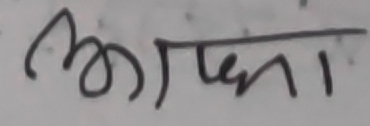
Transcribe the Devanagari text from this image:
आपना